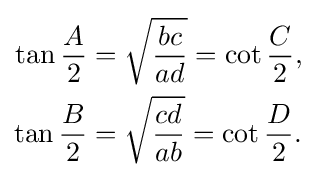
{\begin{aligned}\tan {\frac {A}{2}}&={\sqrt {\frac {bc}{ad}}}=\cot {\frac {C}{2}},\\\tan {\frac {B}{2}}&={\sqrt {\frac {cd}{ab}}}=\cot {\frac {D}{2}}.\end{aligned}}